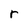
Character: r